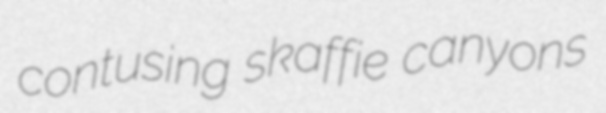
contusing skaffie canyons